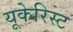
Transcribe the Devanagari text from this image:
यूकेरिस्ट